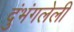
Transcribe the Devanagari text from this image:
दुंभंगलेली